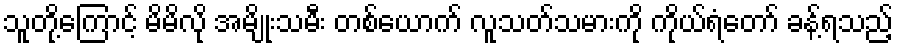
သူတို့ကြောင့် မိမိလို အမျိုးသမီး တစ်ယောက် လူသတ်သမားကို ကိုယ်ရံတော် ခန့်ရသည့်